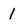
Character: 1